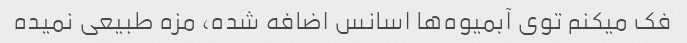
فک میکنم توی آبمیوه‌ها اسانس اضافه شده، مزه طبیعی نمیده